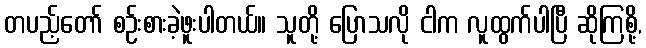
တပည့်တော် စဉ်းစားခဲ့ဖူးပါတယ်။ သူတို့ ပြောသလို ငါက လူထွက်ပါပြီ ဆိုကြစို့,